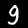
Digit: 9